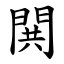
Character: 閧